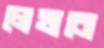
লেখাবো